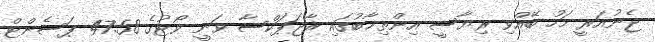
ޖެނުއަރީ މަހު ބޭއްވި ރިޔާސީ އިންތިޚާބުގައި ރާޖަޕަކްސާ ވަނީ ވޯޓުގެ 47.58 ޕަސެންޓް